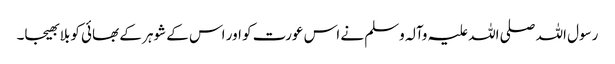
رسول اللہ صلی اللہ علیہ وآلہ وسلم نے اس عورت کو اور اس کے شوہر کے بھائی کو بلا بھیجا۔